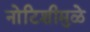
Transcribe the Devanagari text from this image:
नोटिशीमुळे